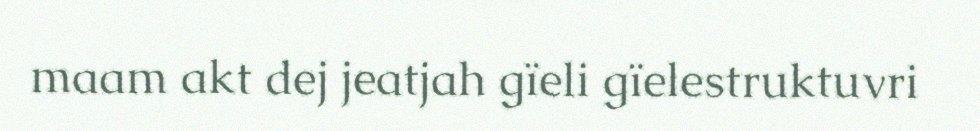
maam akt dej jeatjah gïeli gïelestruktuvri